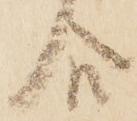
合